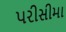
પરીસીમા